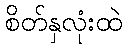
စိတ်နှလုံးထဲ